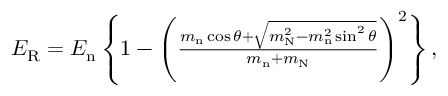
\begin{array} { r } { E _ { \mathrm { R } } = E _ { \mathrm { n } } \left\{ 1 - \left( \frac { m _ { \mathrm { n } } \cos \theta + \sqrt { m _ { \mathrm { N } } ^ { 2 } - m _ { \mathrm { n } } ^ { 2 } \sin ^ { 2 } \theta } } { m _ { \mathrm { n } } + m _ { \mathrm { N } } } \right) ^ { 2 } \right\} , } \end{array}